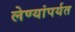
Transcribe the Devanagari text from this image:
लेण्यांपर्यत